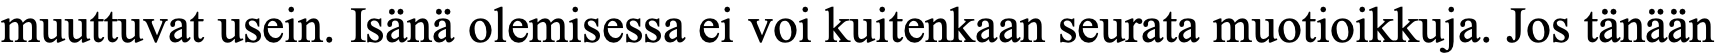
muuttuvat usein. Isänä olemisessa ei voi kuitenkaan seurata muotioikkuja. Jos tänään